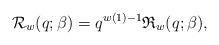
LaTeX: \begin{gather*} {\cal{R}}_{w}(q;\beta) = q^{w(1)-1} \mathfrak{R}_{w}(q;\beta),\end{gather*}